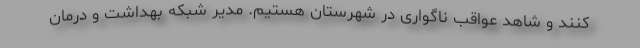
کنند و شاهد عواقب ناگواری در شهرستان هستیم. مدیر شبکه بهداشت و درمان